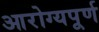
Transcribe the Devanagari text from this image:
आरोग्यपूर्ण